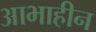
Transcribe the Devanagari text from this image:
आभाहीन